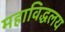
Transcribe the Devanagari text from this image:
महाविद्धलय